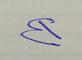
Signature authenticity: forged